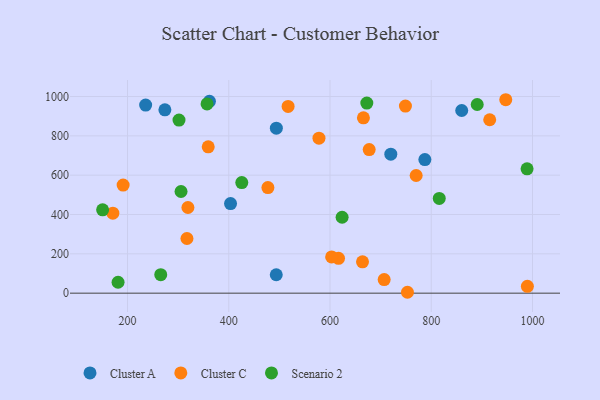
{"axis": {"x": "Experience", "y": "Yield"}, "legend": ["Cluster A", "Cluster C", "Scenario 2"], "data": [{"x": "361.8", "y": 975.7, "type": "Cluster A"}, {"x": "273.8", "y": 932.2, "type": "Cluster A"}, {"x": "720.1", "y": 706.7, "type": "Cluster A"}, {"x": "494.0", "y": 839.2, "type": "Cluster A"}, {"x": "235.8", "y": 956.6, "type": "Cluster A"}, {"x": "860.2", "y": 928.9, "type": "Cluster A"}, {"x": "493.8", "y": 93.6, "type": "Cluster A"}, {"x": "403.5", "y": 455.6, "type": "Cluster A"}, {"x": "787.4", "y": 679.4, "type": "Cluster A"}, {"x": "477.3", "y": 537.0, "type": "Cluster C"}, {"x": "319.3", "y": 435.7, "type": "Cluster C"}, {"x": "666.0", "y": 891.8, "type": "Cluster C"}, {"x": "753.0", "y": 4.5, "type": "Cluster C"}, {"x": "616.8", "y": 177.4, "type": "Cluster C"}, {"x": "915.5", "y": 881.9, "type": "Cluster C"}, {"x": "578.2", "y": 788.3, "type": "Cluster C"}, {"x": "664.2", "y": 159.1, "type": "Cluster C"}, {"x": "317.4", "y": 277.9, "type": "Cluster C"}, {"x": "947.2", "y": 983.7, "type": "Cluster C"}, {"x": "359.4", "y": 744.1, "type": "Cluster C"}, {"x": "749.0", "y": 951.6, "type": "Cluster C"}, {"x": "517.2", "y": 949.4, "type": "Cluster C"}, {"x": "707.0", "y": 69.2, "type": "Cluster C"}, {"x": "989.9", "y": 34.9, "type": "Cluster C"}, {"x": "603.2", "y": 184.3, "type": "Cluster C"}, {"x": "677.4", "y": 730.0, "type": "Cluster C"}, {"x": "171.0", "y": 406.8, "type": "Cluster C"}, {"x": "770.2", "y": 598.3, "type": "Cluster C"}, {"x": "191.3", "y": 549.6, "type": "Cluster C"}, {"x": "181.3", "y": 55.5, "type": "Scenario 2"}, {"x": "150.8", "y": 423.9, "type": "Scenario 2"}, {"x": "890.8", "y": 959.5, "type": "Scenario 2"}, {"x": "305.7", "y": 516.9, "type": "Scenario 2"}, {"x": "425.7", "y": 562.3, "type": "Scenario 2"}, {"x": "357.1", "y": 962.2, "type": "Scenario 2"}, {"x": "815.8", "y": 481.6, "type": "Scenario 2"}, {"x": "672.7", "y": 966.8, "type": "Scenario 2"}, {"x": "301.7", "y": 880.2, "type": "Scenario 2"}, {"x": "623.9", "y": 386.1, "type": "Scenario 2"}, {"x": "265.6", "y": 94.1, "type": "Scenario 2"}, {"x": "989.3", "y": 632.3, "type": "Scenario 2"}]}